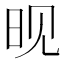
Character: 𬀪